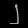
Digit: ၂